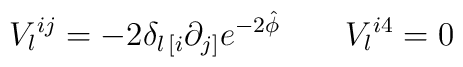
V_l{}^{ij} = -2  \delta_{l\, [i} \partial _{j]}e^{-2  \hat{\phi}} \qquad  V_l{}^{i4} =0